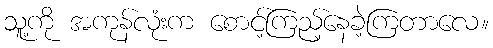
သူ့ကို အကုန်လုံးက စောင့်ကြည့်နေခဲ့ကြတာလေ။